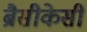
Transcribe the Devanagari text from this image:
ब्रैसीकेसी